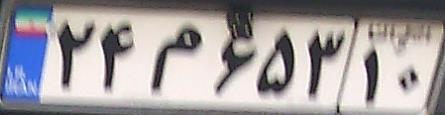
۲۴م۶۵۳۱۰